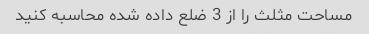
مساحت مثلث را از 3 ضلع داده شده محاسبه کنید